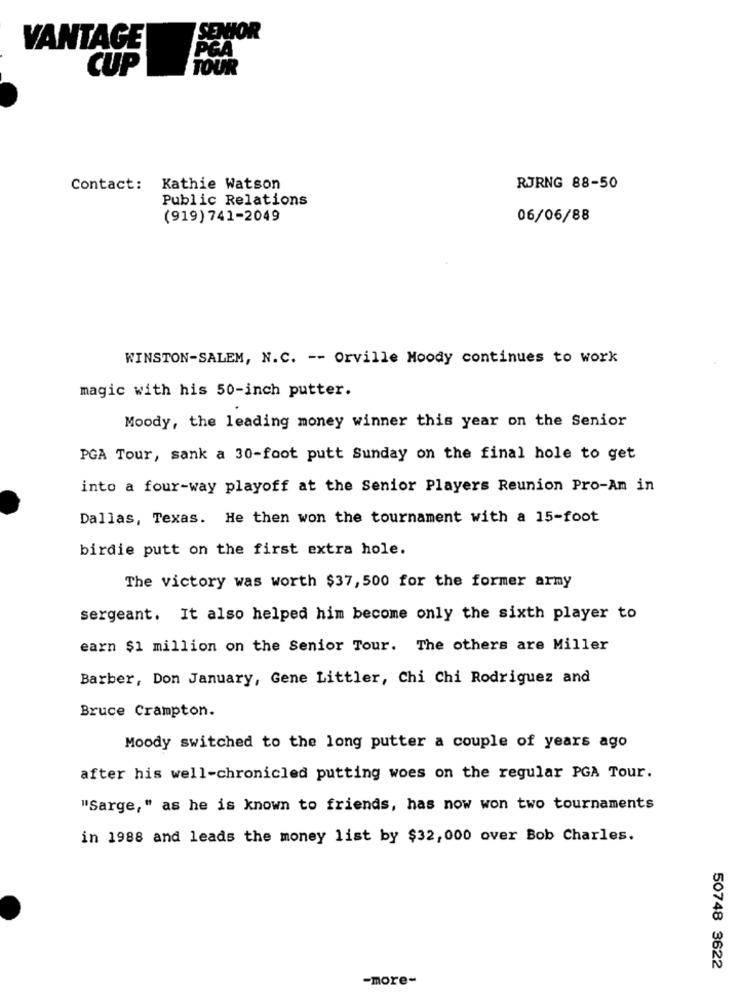
SENIOR
VANTAGE
PCA
CUP
TOUR
Contact:
Kathie Watson
RJRNG 88-50
Public Relations
(919) 741-2049
06/06/88
WINSTON-SALEM, N.C. -- Orville Moody continues to work
magic with his 50-inch putter.
Moody, the leading money winner this year on the Senior
PGA Tour, sank a 30-foot putt Sunday on the final hole to get
into a four-way playoff at the Senior Players Reunion Pro-Am in
Dallas, Texas. He then won the tournament with a 15-foot
birdie putt on the first extra hole.
The victory was worth $37, 500 for the former army
sergeant. It also helped him become only the sixth player to
earn $1 million on the Senior Tour. The others are Miller
Barber, Don January, Gene Littler, Chi Chi Rodriguez and
Bruce Crampton.
Moody switched to the long putter a couple of years ago
after his well-chronicled putting woes on the regular PGA Tour.
"Sarge," as he is known to friends, has now won two tournaments
in 1988 and leads the money list by $32, 000 over Bob Charles.
50748 3622
-more-